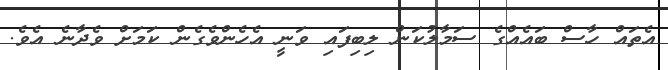
އެތައް ހާސް ބައެއްގެ ސަމާލުކަން ލިބިފައި ވަނީ އެހެންވެގެން ކަމަށް ވެދާނެ އެވެ.